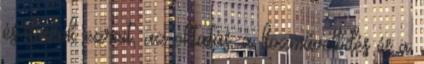
és diákok ezreit, az oktatás, a közművelődés és a